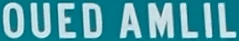
OUEDAMLIL